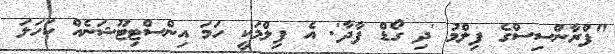
"ފްރާންސިސްގެ ފިލްމު 'ދި ގޯޑް ފާދާ'. އެ ފިލްމަކީ ހަމަ އިންސްޓިޓޫޝަނެއް ކަހަލަ